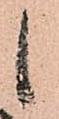
候